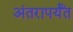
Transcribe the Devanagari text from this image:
अंतरापर्यँत